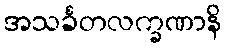
အသင်္ခတလက္ခဏာနိ